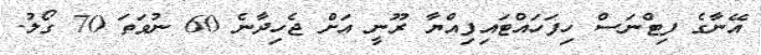
އޭނާގެ ފިޓްނަސް ހިފަހައްޓައިފިއްޔާ ރޫނީ އަށް ޖެހިދާނެ 60 ނުވަތަ 70 ގޯލު.